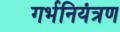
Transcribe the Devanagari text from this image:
गर्भनियंत्रण